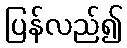
ပြန်လည်၍